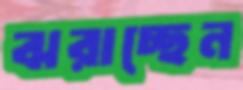
ঝরাচ্ছেন